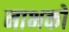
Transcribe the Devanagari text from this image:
नाभकों